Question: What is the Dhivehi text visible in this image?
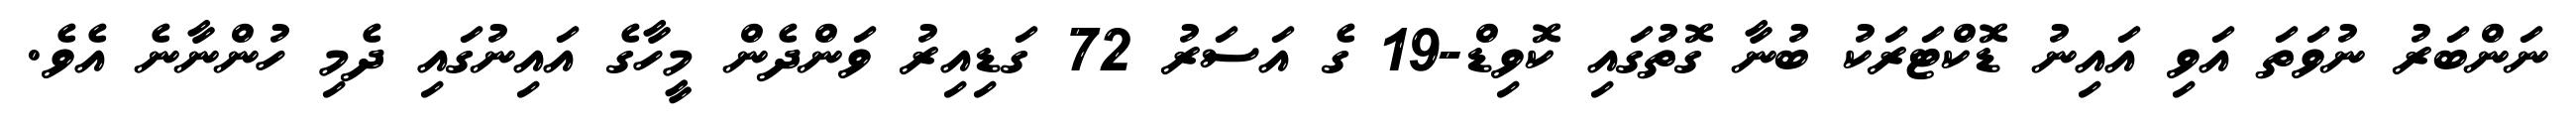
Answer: ނަންބަރު ނުވަތަ އަވި އައިނު ޑޮކްޓަރަކު ބުނާ ގޮތުގައި ކޮވިޑް-19 ގެ އަސަރު 72 ގަޑިއިރު ވަންދެން މީހާގެ އައިނުގައި ދެމި ހުންނާނެ އެވެ.